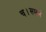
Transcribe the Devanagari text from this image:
च।सप्तमं